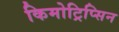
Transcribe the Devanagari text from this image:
किमोट्रिप्सिन